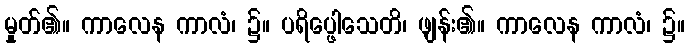
မှုတ်၏။ ကာလေန ကာလံ၊ ၌။ ပရိပ္ဖေါသေတိ၊ ဖျန်း၏။ ကာလေန ကာလံ၊ ၌။